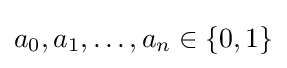
a_{0},a_{1},\dots ,a_{n}\in \{0,1\}